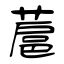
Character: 蔰